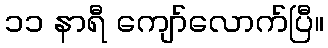
၁၁ နာရီ ကျော်လောက်ပြီ။